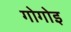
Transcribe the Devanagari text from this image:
गोगोइ